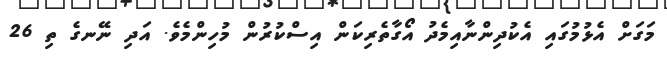
މަގަށް އެޅުމުގައި އެކުދިންނާއިމެދު އޯގާތެރިކަން އިސްކުރުން މުހިންމެވެ. އަދި ނޭނގެ ތި 26